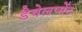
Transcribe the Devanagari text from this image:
डेवेलप्मेंट